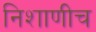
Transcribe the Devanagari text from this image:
निशाणीच